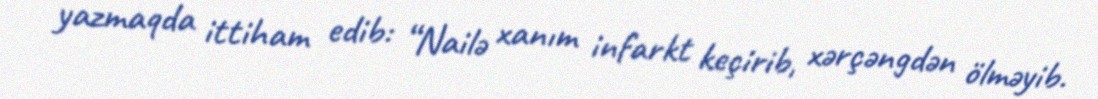
yazmaqda ittiham edib: “Nailə xanım infarkt keçirib, xərçəngdən ölməyib.